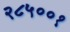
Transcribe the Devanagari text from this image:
२८५००१